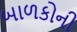
બાળકોની